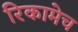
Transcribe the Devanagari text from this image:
रिकामेच